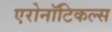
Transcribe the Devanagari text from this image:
एरोनॉटिकल्स